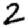
Digit: 2